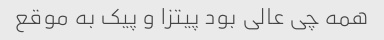
همه چی عالی بود پیتزا و پیک به موقع